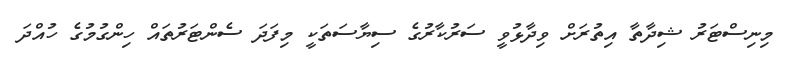
މިނިސްޓަރު ޝިދާތާ އިތުރަށް ވިދާޅުވީ ސަރުކާރުގެ ސިޔާސަތަކީ މިފަދަ ސެންޓަރުތައް ހިންގުމުގެ ހުއްދަ